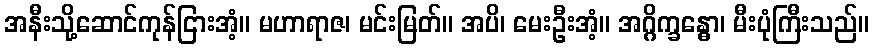
အနီးသို့ဆောင်ကုန်ငြားအံ့။ မဟာရာဇ၊ မင်းမြတ်။ အပိ၊ မေးဦးအံ့။ အဂ္ဂိက္ခန္ဓော၊ မီးပုံကြီးသည်။